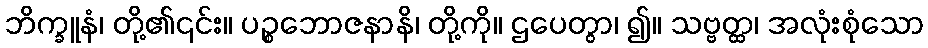
ဘိက္ခူနံ၊ တို့၏၎င်း။ ပဉ္စဘောဇနာနိ၊ တို့ကို။ ဌပေတွာ၊ ၍။ သဗ္ဗတ္ထ၊ အလုံးစုံသော